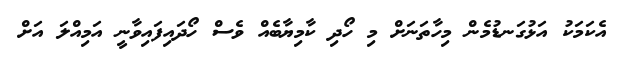
އެކަމަކު އަޅުގަނޑުމެން މިހާތަނަށް މި ހޯދި ކާމިޔާބެއް ވެސް ހޯދައިފައިވާނީ އަމިއްލަ އަށް